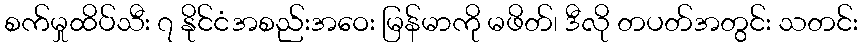
စက်မှုထိပ်သီး ၇ နိုင်ငံအစည်းအဝေး မြန်မာကို မဖိတ်၊ ဒီလို တပတ်အတွင်း သတင်း